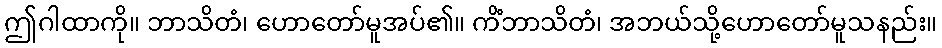
ဤဂါထာကို။ ဘာသိတံ၊ ဟောတော်မူအပ်၏။ ကိံဘာသိတံ၊ အဘယ်သို့ဟောတော်မူသနည်း။